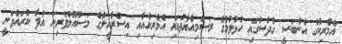
އެމެރިކާގެ އެންބަސީ ގުދްސުގައި ހުޅުވުމުގެ ރަސްމިއްޔާތުގައި އެމެރިކާއާއި އިސްރާއީލުގެ މަސްއޫލުވެރިން އުފާ ކުރައްވަނީ